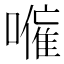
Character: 𭋕